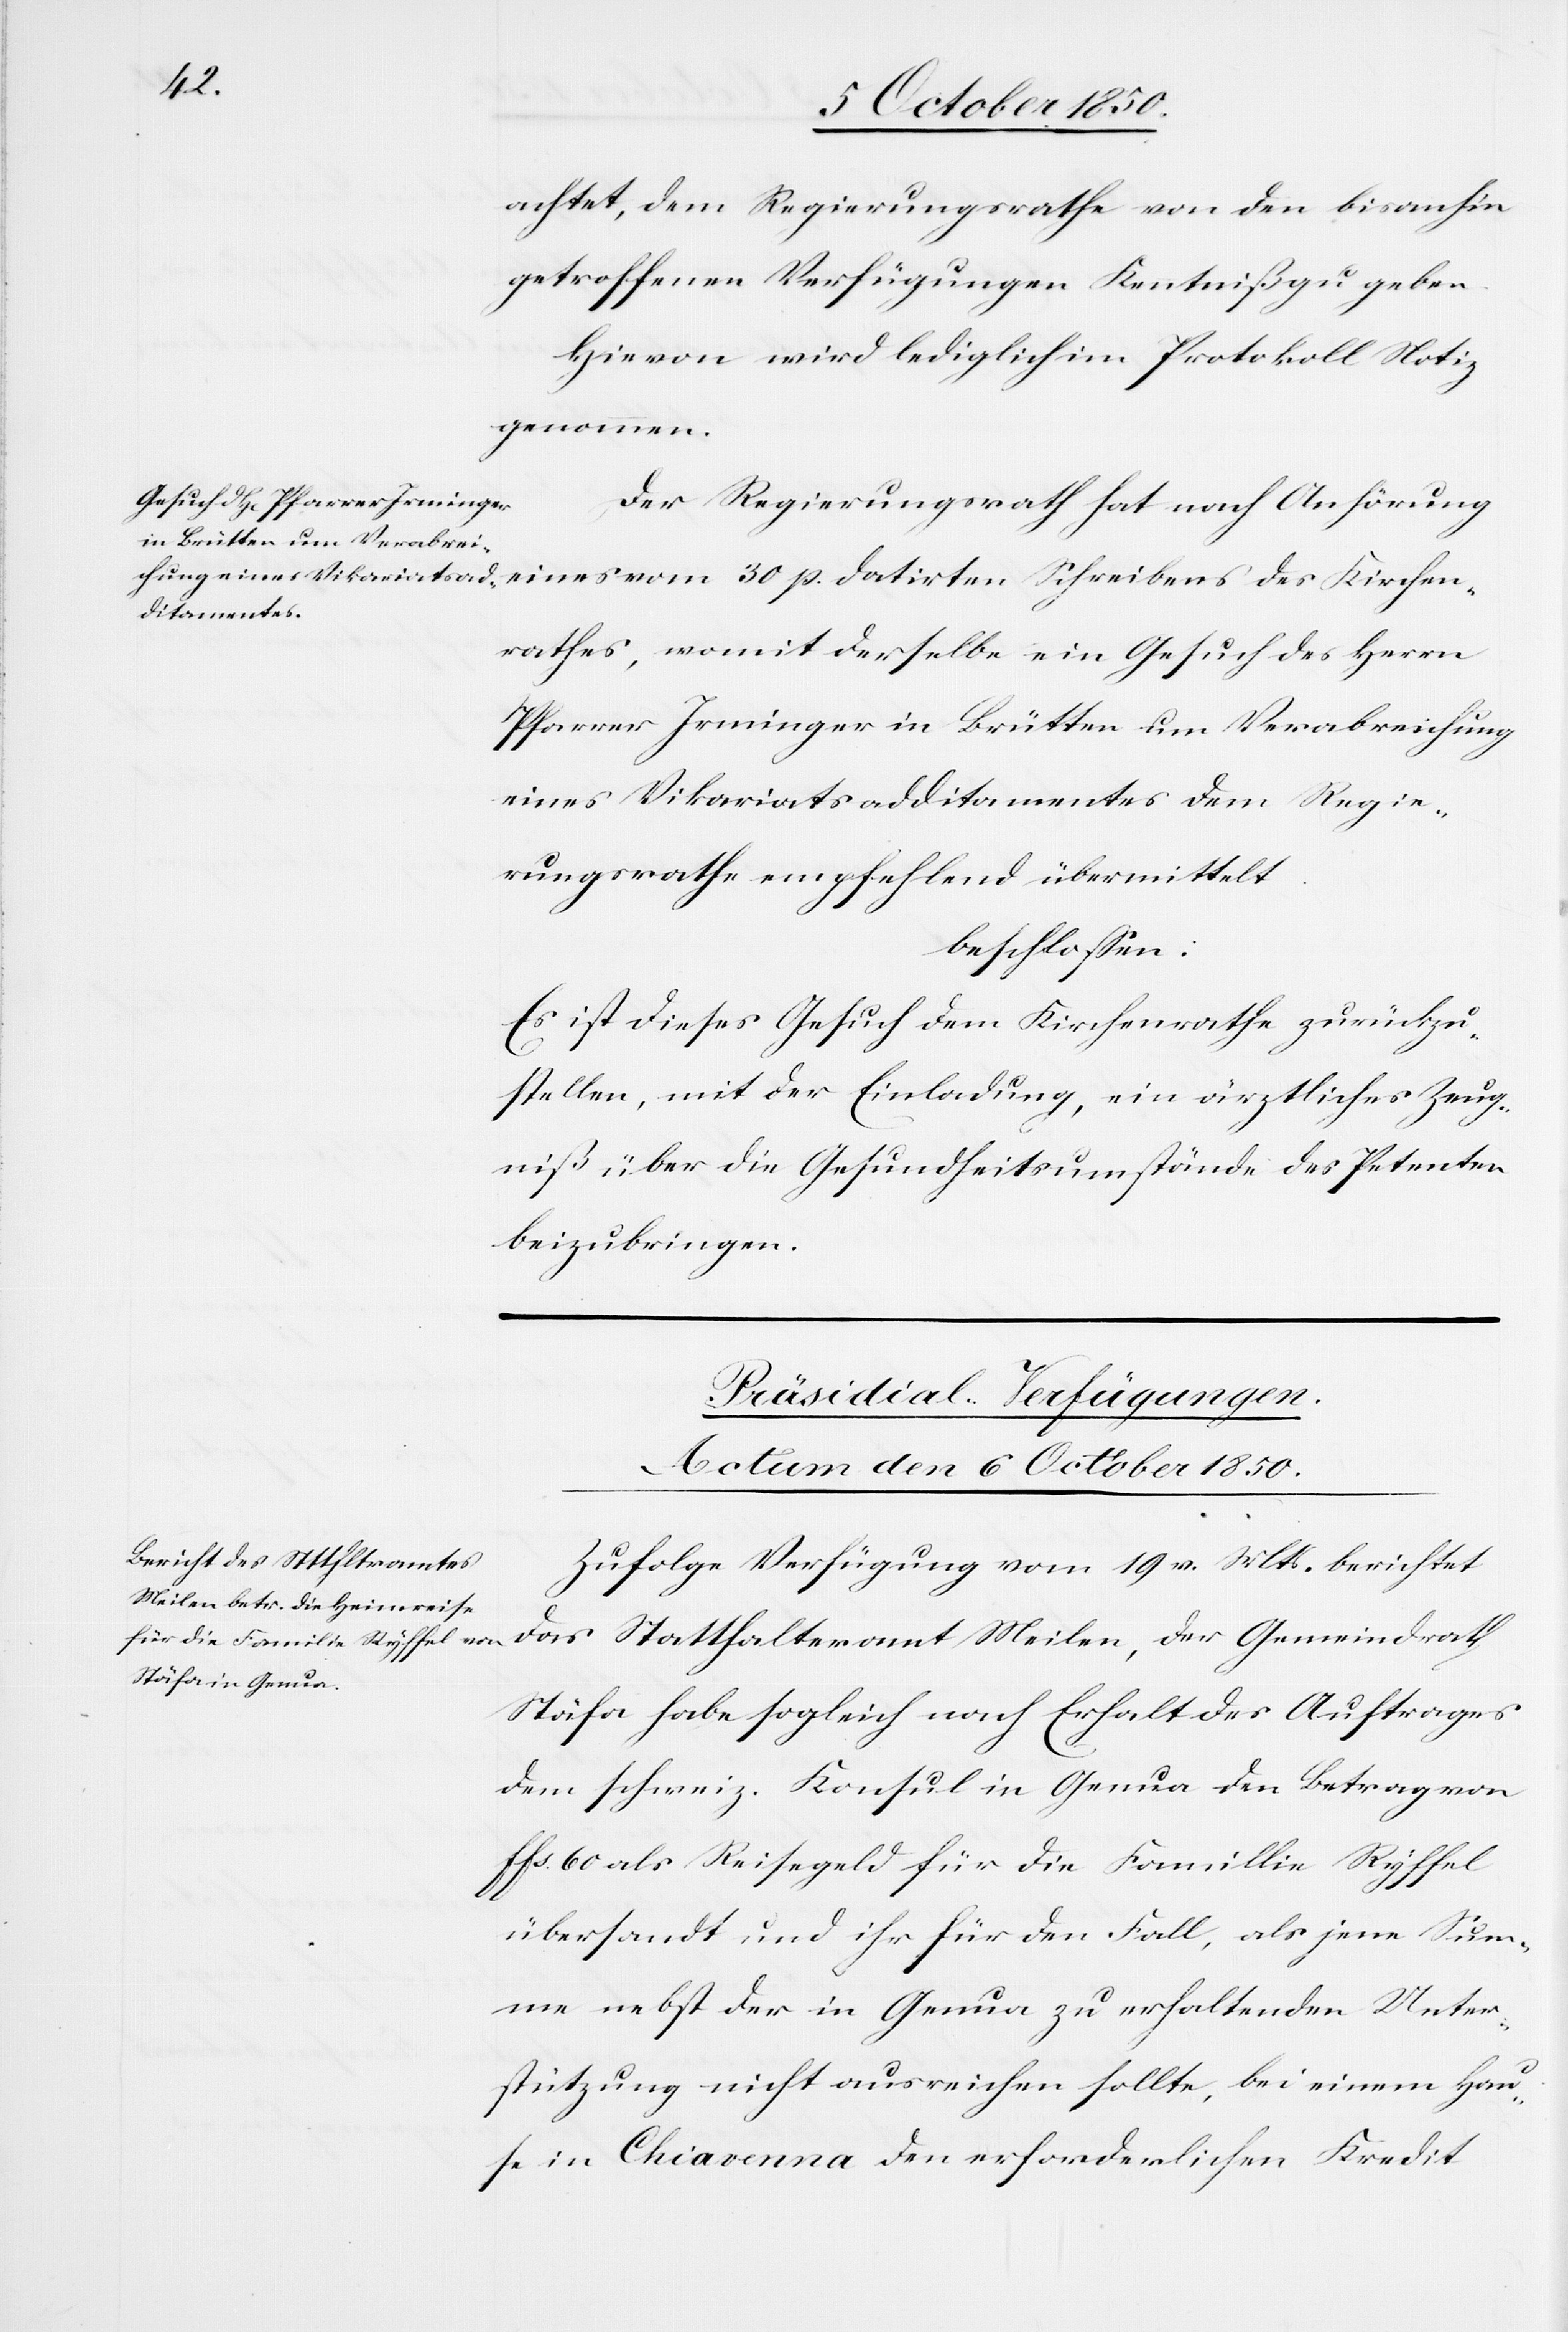
genommen.
achtet, dem Regierungsrathes von den bisanhin
getroffenen Verfügungen Kenntniß zu geben.
Hievon wird lediglich im Protokoll Notiz
Der Regierungsrath hat nach Anhörung
eines vom 30 p. datirten Schreibens des Kirchen¬
rathes, womit derselbe ein Gesuch des Herrn
Pfarrer Irminger in Brütten um Verabreichung
eines Vikariatsadditamentes dem Regie¬
rungsrathe empfehlend übermittelt
beschlossen:
Es ist dieses Gesuch dem Kirchenrathe zurückzu¬
stellen, mit der Einladung, ein ärztliches Zeug¬
niß über die Gesundheitsumstände des Petenten
beizubringen.
Präsidial-Verfügungen.
Actum den 6 October 1850.
Zufolge Verfügung vom 19 v. Mts. berichtet
das Statthalteramt Meilen, der Gemeindrath
Stäfa habe sogleich nach Erhalt des Auftrages
dem schweiz. Konsul in Genua den Betrag von
ffs. 60 als Reisegeld für die Famillie Ryffel
übersandt und ihr für den Fall, als jene Sum¬
me nebst der in Genua zu erhaltenden Unter¬
stützung nicht ausreichen sollte, bei einem Hau¬
se in Chiavenna den erforderlichen Kredit